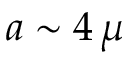
a \sim 4 \, \mu